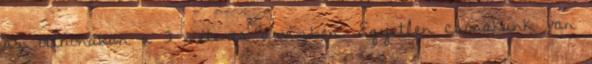
az otthonában a 3 méteres árvízben. Egyetlen csónakunk van